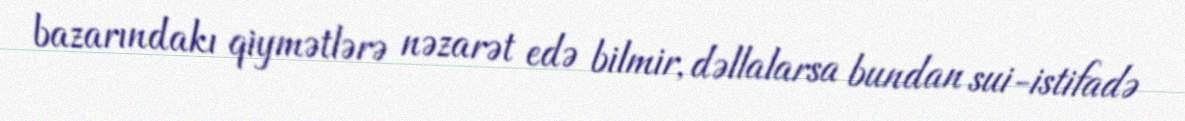
bazarındakı qiymətlərə nəzarət edə bilmir, dəllalarsa bundan sui-istifadə